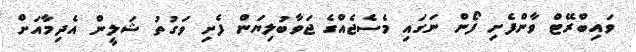
ވައިބްރޭޓް ވާންފެށި ފޯން ނަގައި މެސެޖެއްގެ ޖަވާބުލިޔަން ފެށި ވަގުތު ޝަލީން އެދިމާއަށް